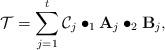
LaTeX: \begin{align*}\mathcal{T}=\sum_{j=1}^t \mathcal{C}_j \bullet_1\mathbf{A}_j \bullet_2 \mathbf{B}_j, \end{align*}